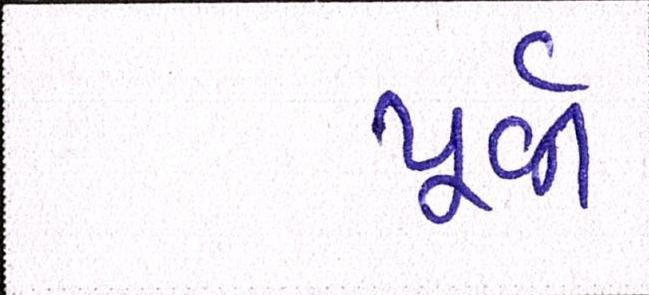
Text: પૂર્વી